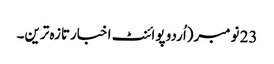
23 نومبر(اُردو پوائنٹ اخبارتازہ ترین۔